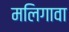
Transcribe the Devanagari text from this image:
मलिगावा